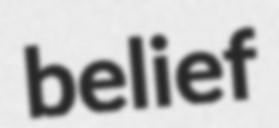
belief